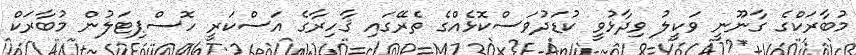
މުބާރަކްގެ ގާނޫނީ ވަކީލު ވިދާޅުވީ ކުޑަދުވަސްކޮޅެއްގެ ތެރޭގައި ޤާހިރާގެ އަސްކަރީ ހޮސްޕިޓަލުން މުބާރަކް